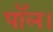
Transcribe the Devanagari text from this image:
पॉल।